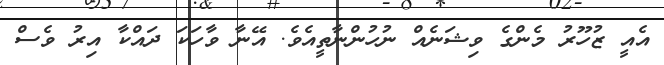
އެއީ ޒުހޫރު މެންގެ ވިޝަނެއް ނުހުންނާތީއެވެ. އޭނާ ވާހަކަ ދައްކާ އިރު ވެސް